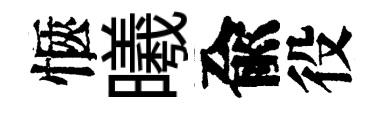
愜曦兪役